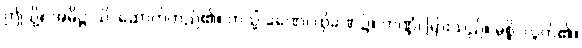
ဤသို့။ အဓိဋ္ဌာသိ၊ ဆောက်တည်၏။ တသ္မိံ ခဏေ၊ ထိုခဏ၌။ ကဏ္ဍံ၊ မြားသည်။ မုစ္စိ၊ လွတ်၏။